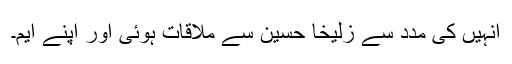
انہیں کی مدد سے زُلیخا حُسین سے ملاقات ہوئی اور اپنے ایم۔